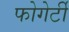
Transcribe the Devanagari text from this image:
फोगेर्टी